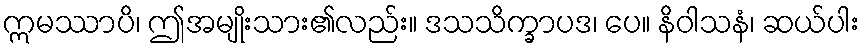
ဣမဿာပိ၊ ဤအမျိုးသား၏လည်း။ ဒသသိက္ခာပဒ၊ ပေ။ နိဝါသနံ၊ ဆယ်ပါး